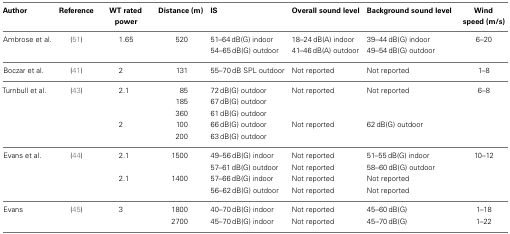
| Author | Reference | WT rated power | Distance (m) | IS | Overall sound level | Background sound level | Wind speed (m/s) |
 | --- | --- | --- | --- | --- | --- | --- | --- |
 | Ambrose et al. | (51) | 1.65 | 520 | 51–64 dB(G) indoor | 18–24 dB(A) indoor | 39–44 dB(G) indoor | 6–20 |
 |  |  |  |  | 54–65 dB(G) outdoor | 41–46 dB(A) outdoor | 49–54 dB(G) outdoor |  |
 | Boczar et al. | (41) | 2 | 131 | 55–70 dB SPL outdoor | Not reported | Not reported | 1–8 |
 | Turnbull et al. | (43) | 2.1 | 85 | 72 dB(G) outdoor | Not reported | Not reported | 6–8 |
 |  |  |  | 185 | 67 dB(G) outdoor |  |
 |  |  |  | 360 | 61 dB(G) outdoor |  |
 |  |  | 2 | 100 | 66 dB(G) outdoor | Not reported | 62 dB(G) outdoor |  |
 |  |  |  | 200 | 63 dB(G) outdoor |  |
 | Evans et al. | (44) | 2.1 | 1500 | 49–56 dB(G) indoor | Not reported | 51–55 dB(G) indoor | 10–12 |
 |  |  |  |  | 57–61 dB(G) outdoor | Not reported | 58–60 dB(G) outdoor |  |
 |  |  | 2.1 | 1400 | 57–66 dB(G) indoor | Not reported | Not reported |  |
 |  |  |  |  | 56–62 dB(G) outdoor | Not reported | Not reported |  |
 | Evans | (45) | 3 | 1800 | 40–70 dB(G) indoor | Not reported | 45–60 dB(G) | 1–18 |
 |  |  |  | 2700 | 45–70 dB(G) indoor | Not reported | 45–70 dB(G) | 1–22 |